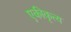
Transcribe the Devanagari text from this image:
एकीकृत्य